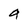
Character: a